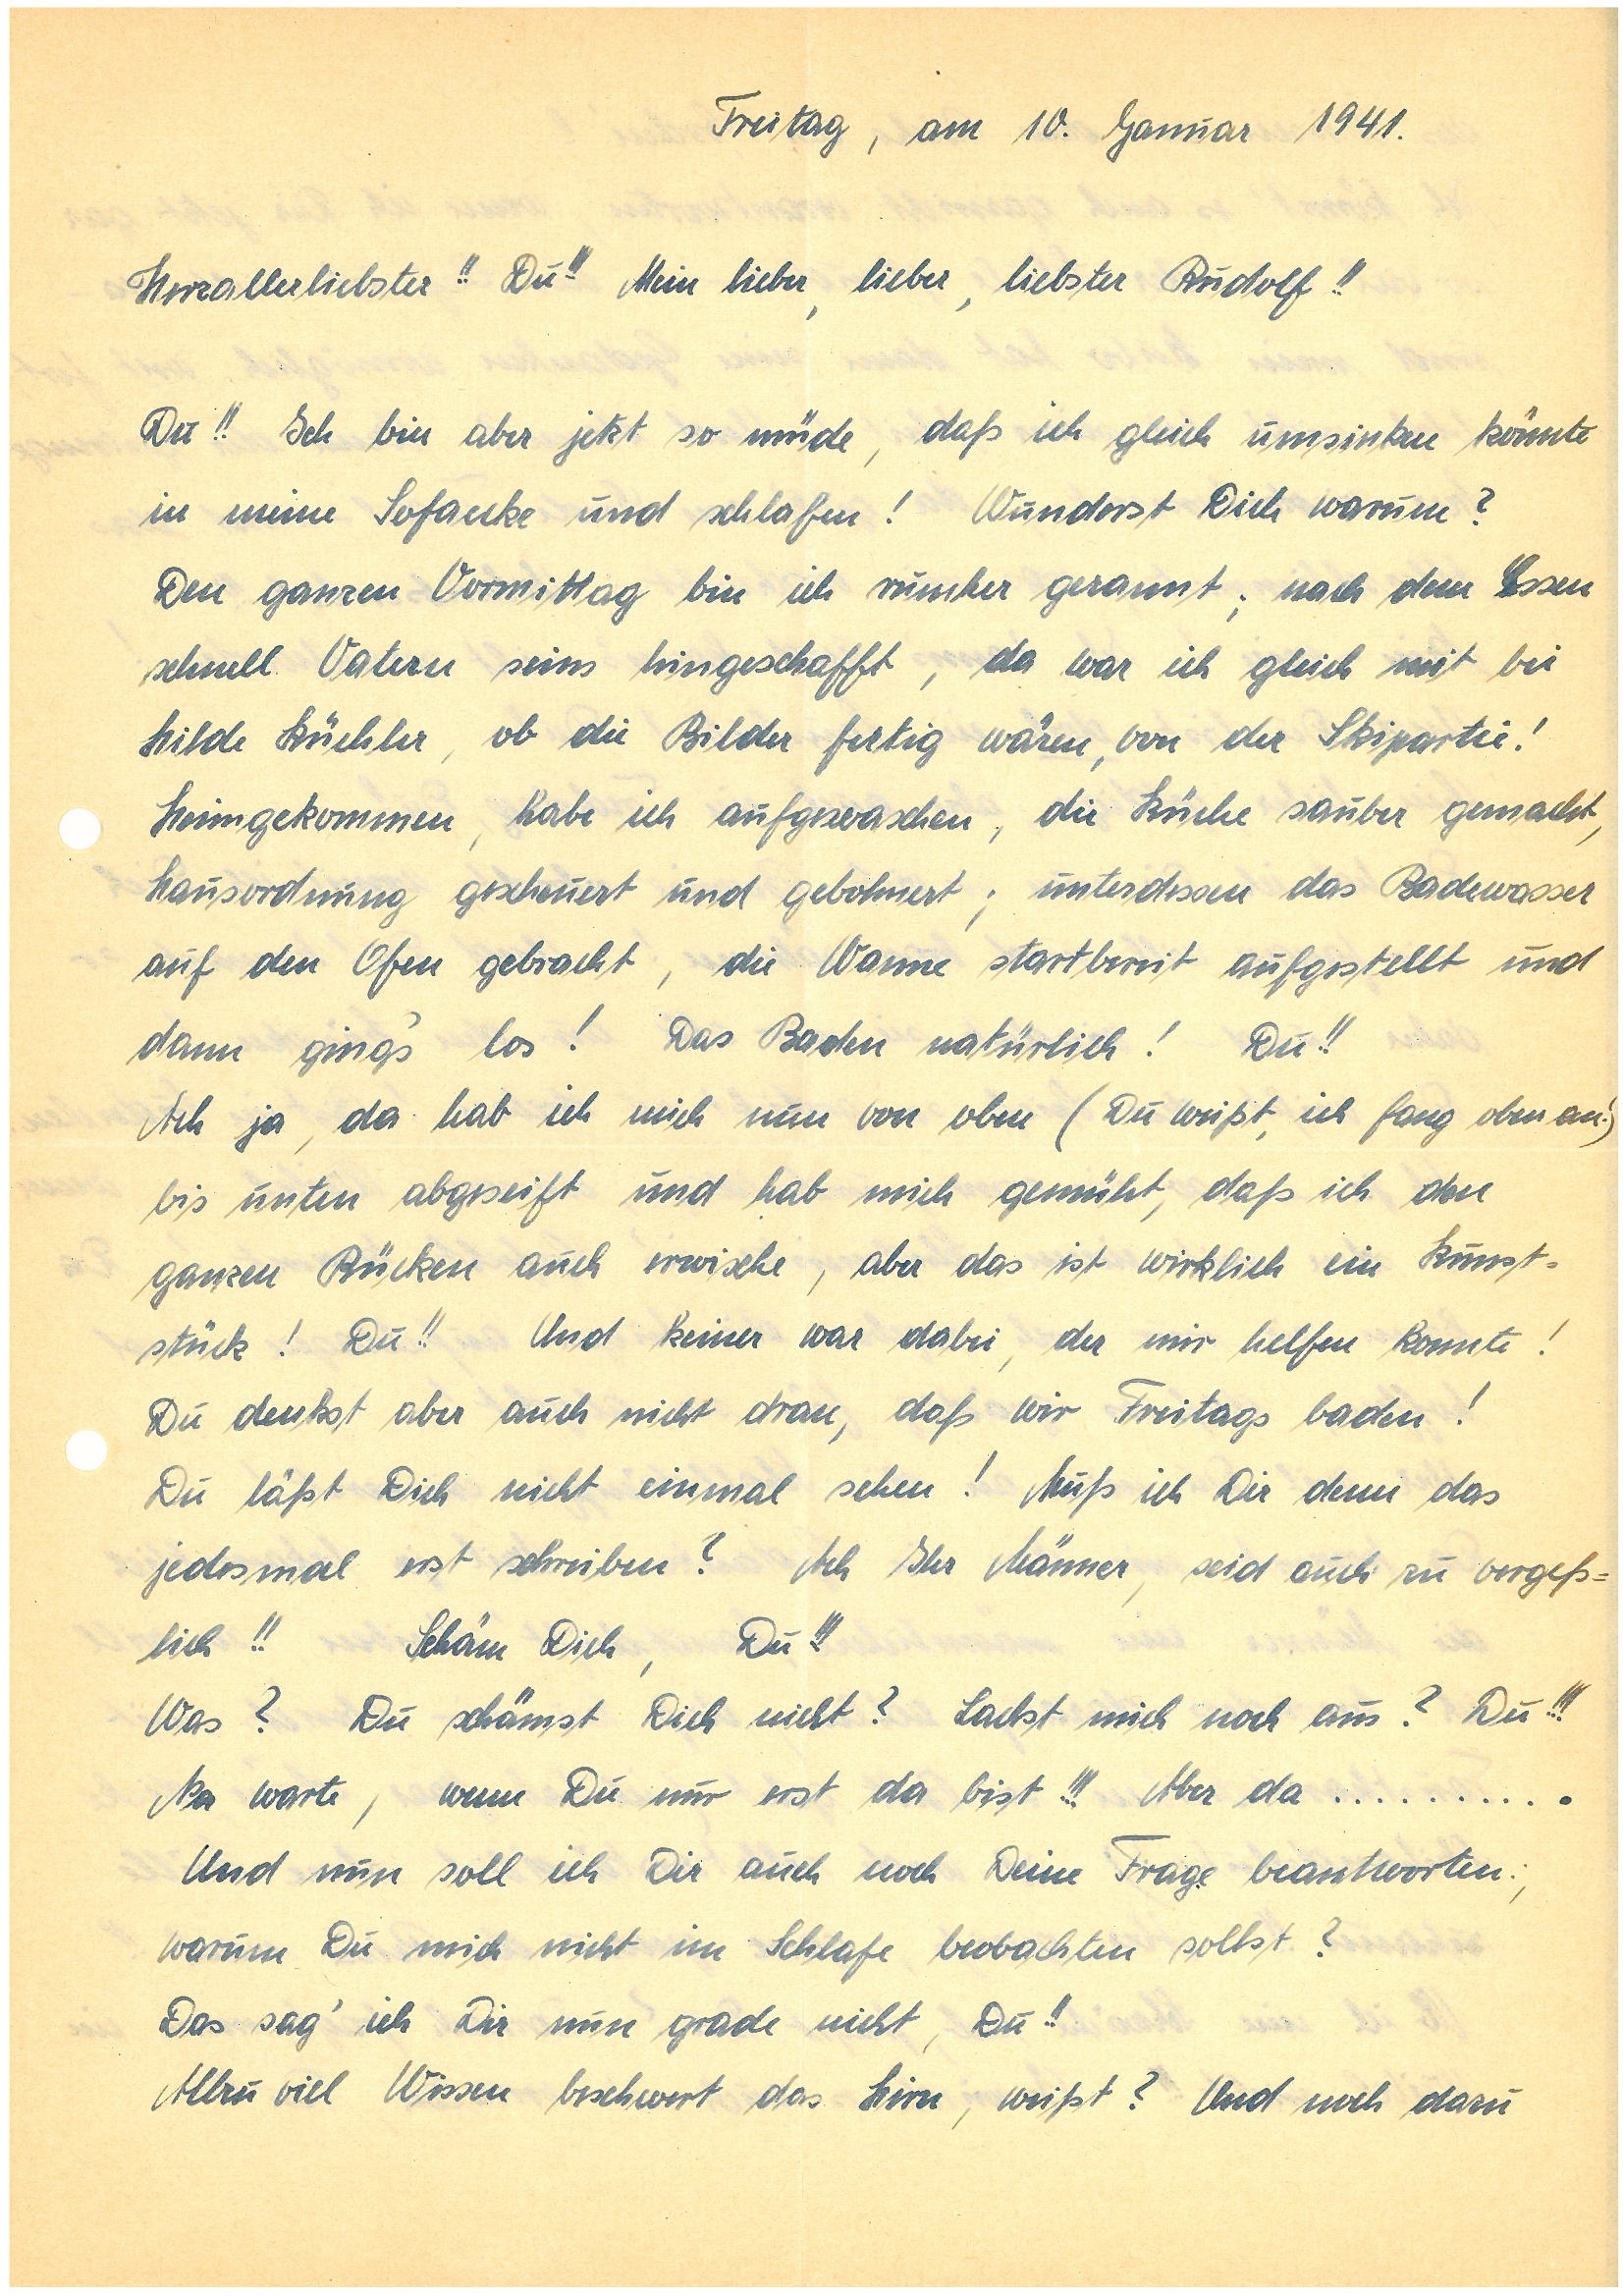
Freitag, am 10. Januar 1941.
Herzallerliebster!! Du!!! Mein lieber, lieber, liebster!!
Du!! Ich bin aber jetzt so müde, daß ich gleich umsinken könnte
in meine Sofaecke und schlafen! Wunderst Dich warum?
Den ganzen Vormittag bin ich rumher gerannt; nach dem Essen
schnell Vatern seins hingeschafft, da war ich gleich mit bei
Hilde K., ob die Bilder fertig wären, von der Skipartie!
Heimgekommen, habe ich aufgewaschen, die Küche sauber gemacht,
Hausordnung gescheuert und gebohnert; unterdessen das Badewasser
auf den Ofen gebracht, die Wanne startbereit aufgestellt und
dann ging’s los! Das Baden natürlich! Du!!
Ach ja, da hab ich mich nun von oben (Du weißt, ich fang oben an!)
bis unten abgeseift und hab mich gemüht, daß ich den
ganzen Rücken auch erwische, aber das ist wirklich ein Kunst¬
stück! Du!! Und keiner war dabei, der mir helfen konnte!
Du denkst aber auch nicht dran, daß wir Freitags baden!
Du lässt Dich nicht einmal sehen! Muß ich Dir denn das
jedesmal erst schreiben? Ach Ihr Männer, seid auch zu vergeß¬
lich!! Schäm Dich, Du!!!
Was? Du schämst Dich nicht? Lachst mich noch aus? Du!!!
Na warte, wenn Du mir erst da bist!!! Aber da……….
Und nun soll ich Dir auch noch Deine Frage beantworten:,
warum Du mich nicht im Schlafe beobachten sollst?
Das sag’ ich Dir nun gerade nicht, Du!!
Allzu viel Wissen beschwert das Hirn, weißt? Und noch dazu